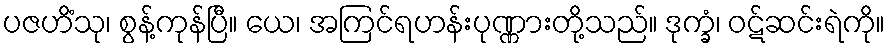
ပဇဟိံသု၊ စွန့်ကုန်ပြီ။ ယေ၊ အကြင်ရဟန်းပုဏ္ဏားတို့သည်။ ဒုက္ခံ၊ ဝဋ်ဆင်းရဲကို။